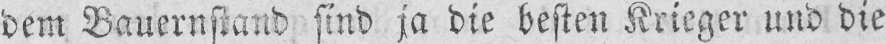
dem Bauernstand sind ja die besten Krieger und die